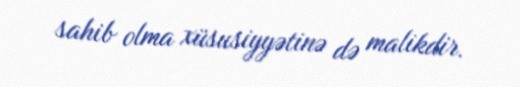
sahib olma xüsusiyyətinə də malikdir.